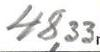
48,33